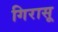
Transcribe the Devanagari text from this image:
गिरासू